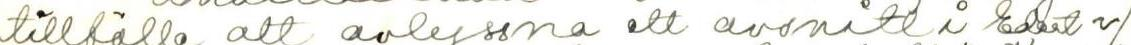
tillfälle att avlyssna ett avsnitt i Edert v/